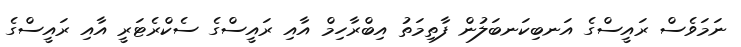
ނަމަވެސް ރައީސްގެ އަނބިކަނބަލުން ފާތިމަތު އިބްރާހިމް އާއި ރައީސްގެ ސެކްރެޓަރީ އާއި ރައީސްގެ